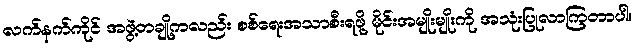
လက်နက်ကိုင် အဖွဲ့တချို့ကလည်း စစ်ရေးအသာစီးရဖို့ မိုင်းအမျိုးမျိုးကို အသုံးပြုလာကြတာပါ။